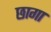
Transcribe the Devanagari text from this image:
छागा